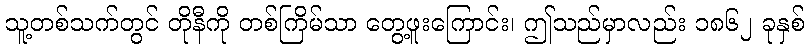
သူ့တစ်သက်တွင် တိုနီကို တစ်ကြိမ်သာ တွေ့ဖူးကြောင်း၊ ဤသည်မှာလည်း ၁၈၆၂ ခုနှစ်